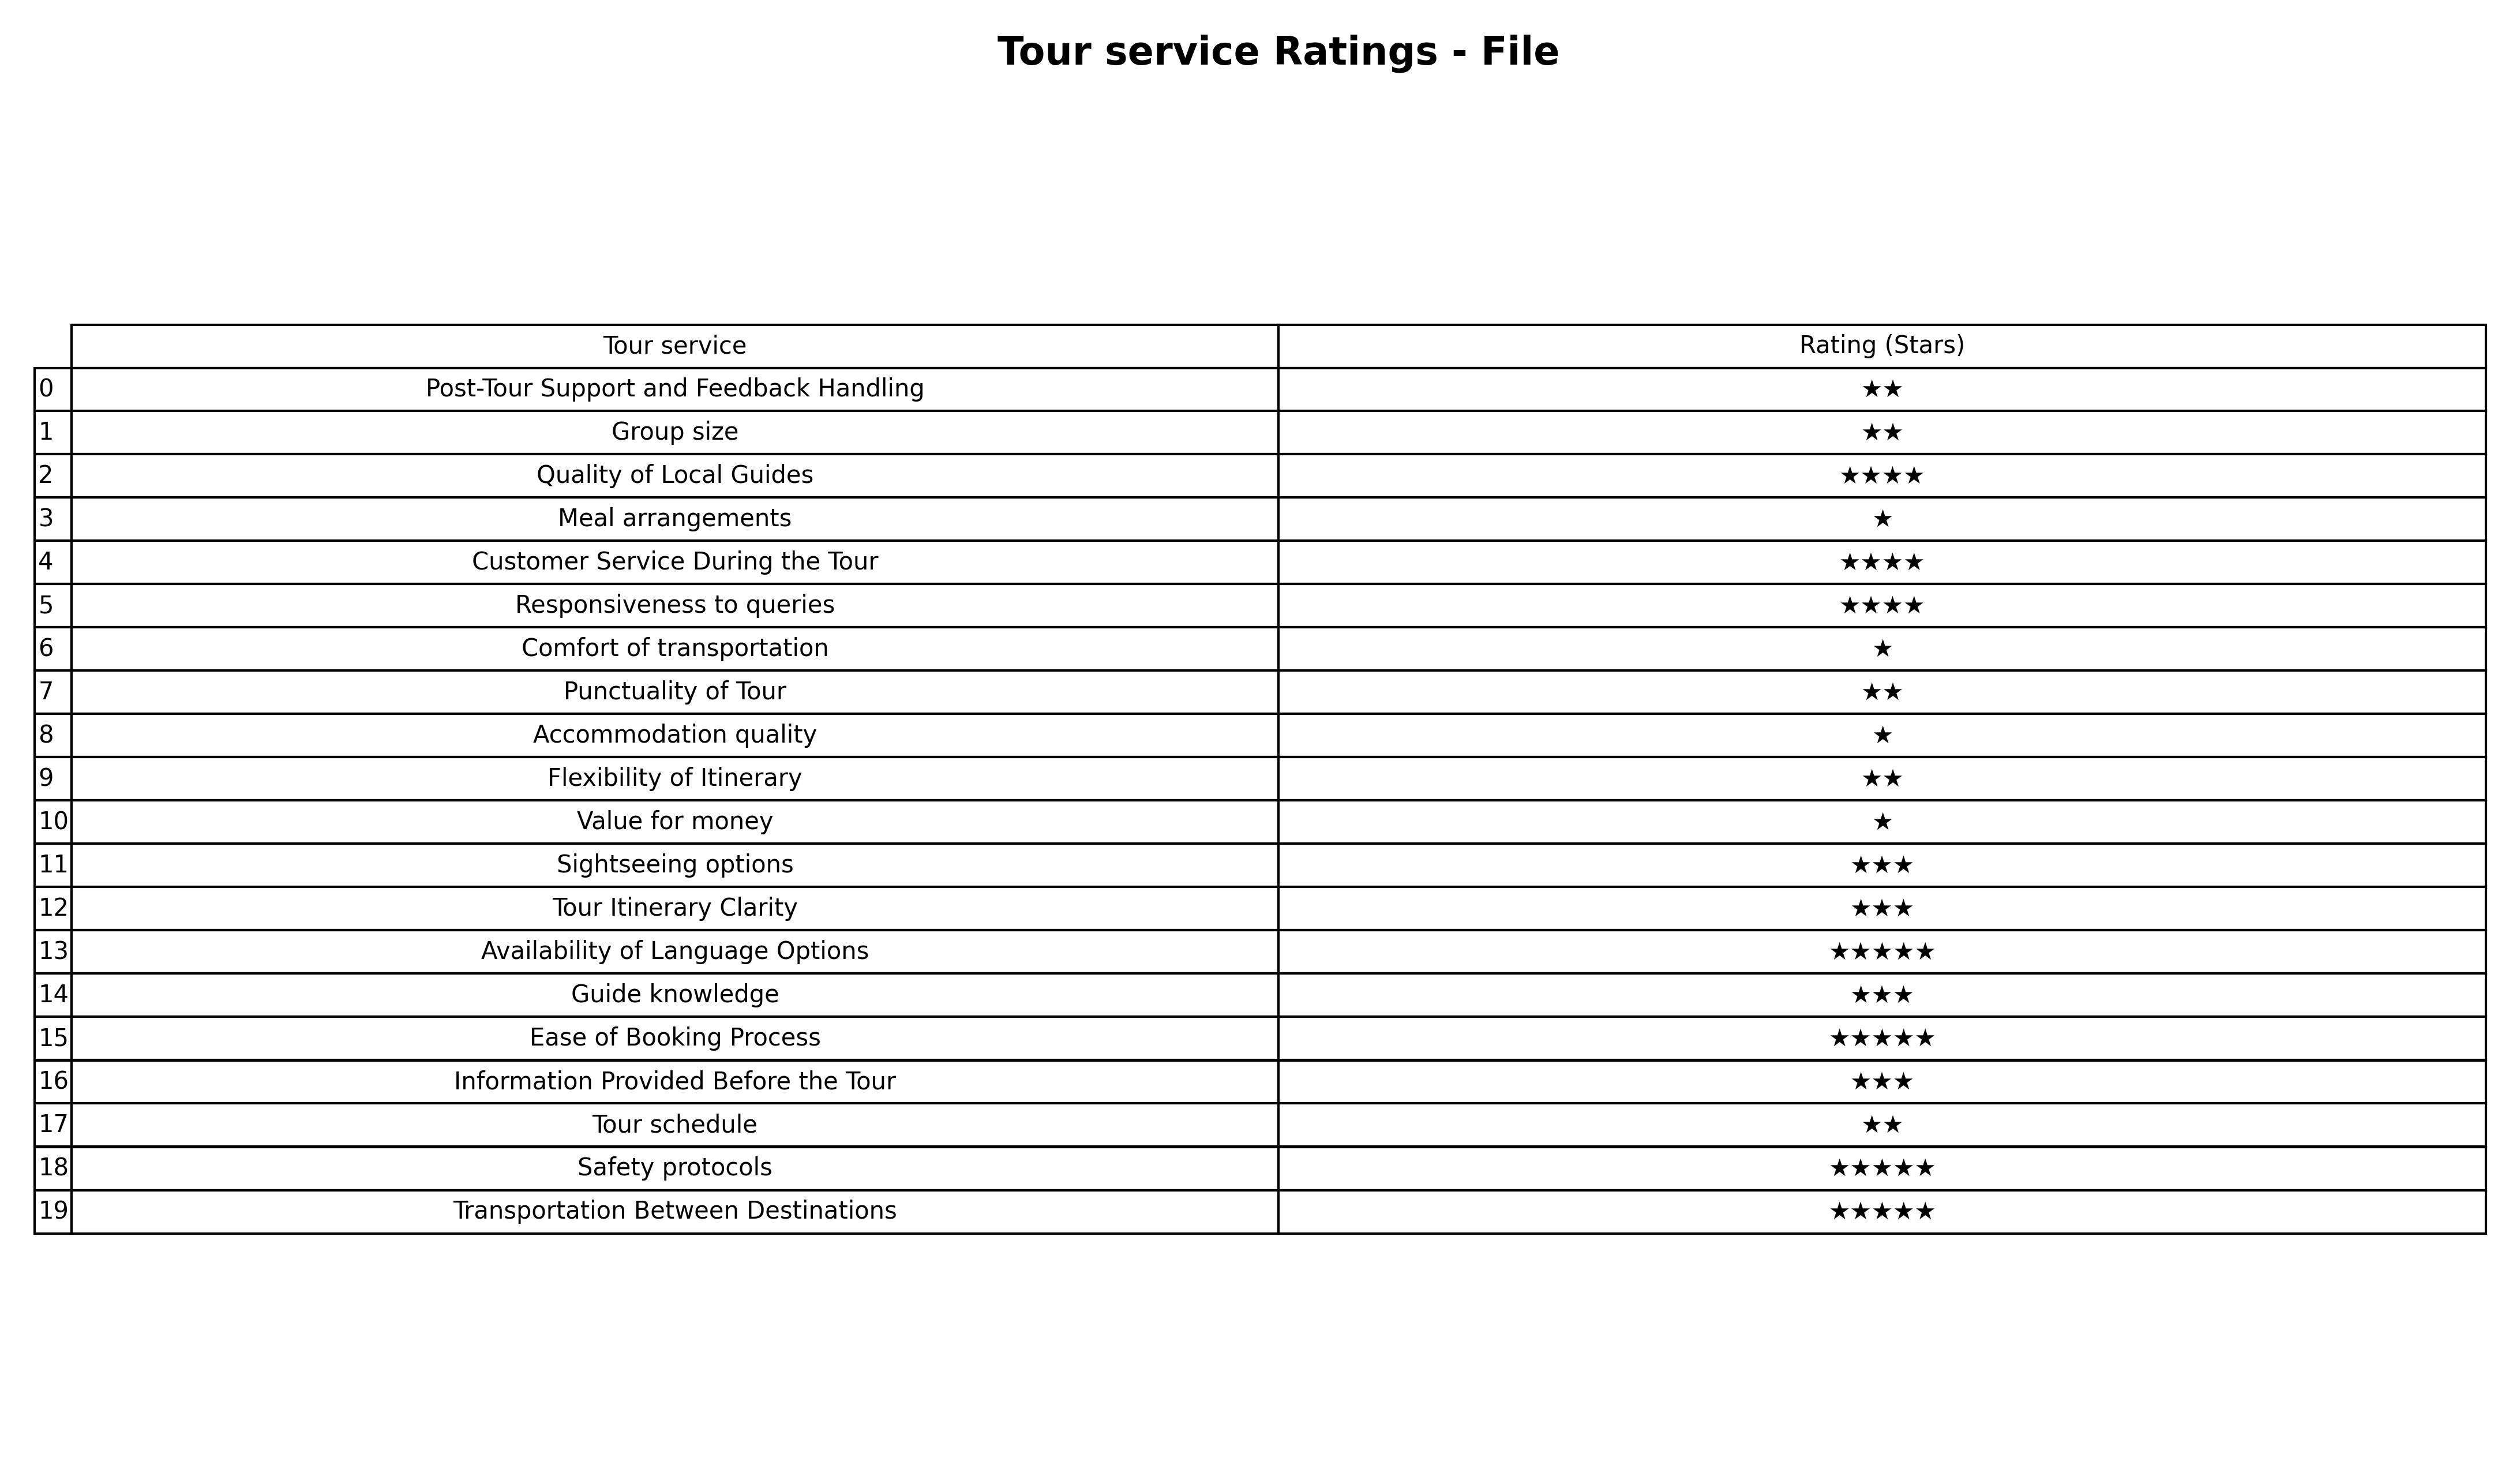
question: What are five star services?
answer: Availability of Language OptionsEase of Booking ProcessSafety protocolsTransportation Between Destinations